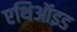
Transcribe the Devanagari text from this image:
एथिऑइड